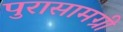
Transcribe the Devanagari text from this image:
पुरासामग्री